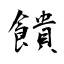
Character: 饋